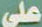
على